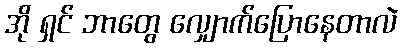
အို ရှင် ဘာတွေ လျှောက်ပြောနေတာလဲ